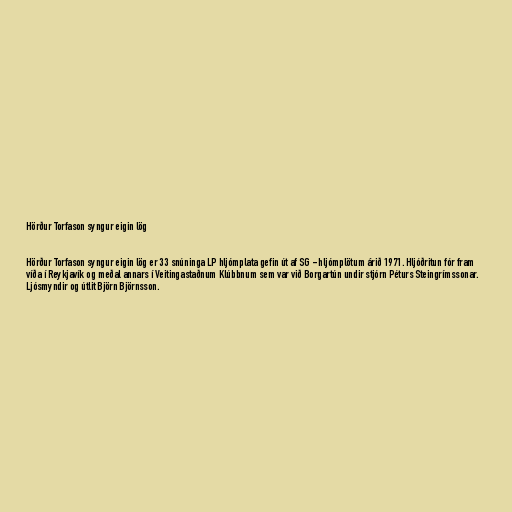
Hörður Torfason syngur eigin lög

Hörður Torfason syngur eigin lög er 33 snúninga LP hljómplata gefin út af SG - hljómplötum árið 1971. Hljóðritun fór fram
víða í Reykjavík og meðal annars í Veitingastaðnum Klúbbnum sem var við Borgartún undir stjórn Péturs Steingrímssonar.
Ljósmyndir og útlit Björn Björnsson.